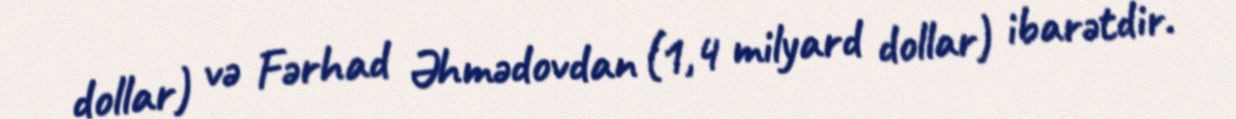
dollar) və Fərhad Əhmədovdan (1,4 milyard dollar) ibarətdir.